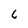
Character: 6